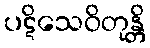
ပဋိသေဝိတုန္တိ